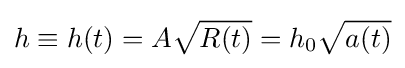
h\equiv h(t)=A{\sqrt {R(t)}}=h_{0}{\sqrt {a(t)}}